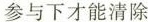
参与下才能清除